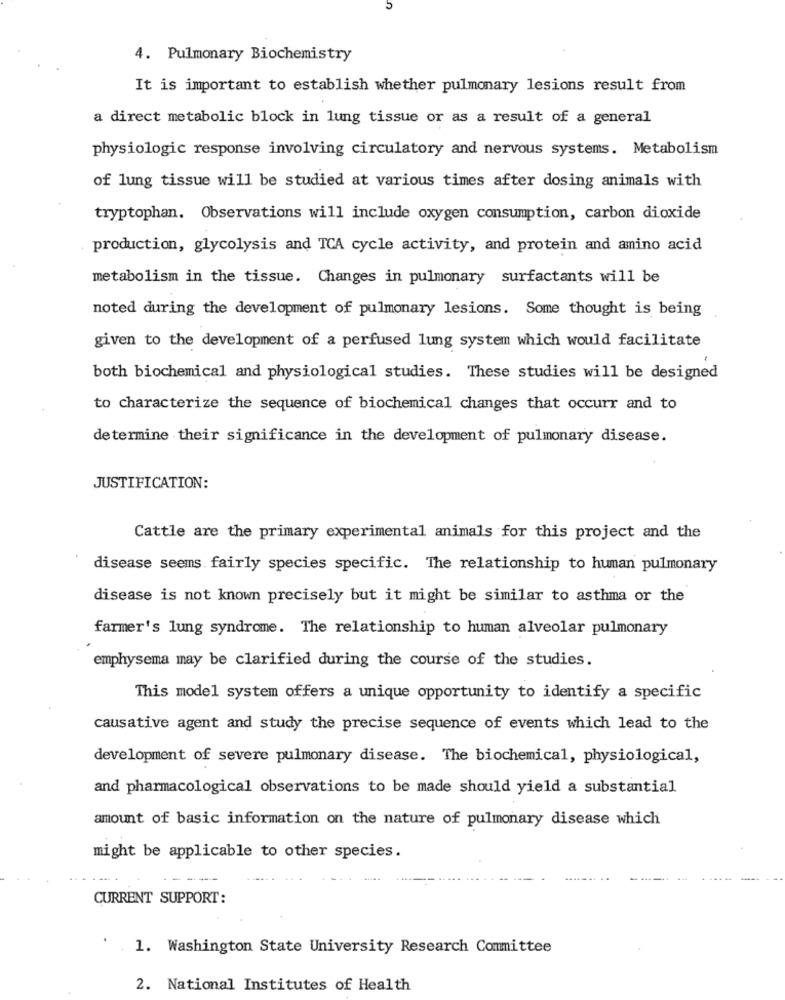
4. Pulmonary Biochemistry
It is important to establish whether pulmonary lesions result from
a direct metabolic block in lung tissue or as a result of a general
physiologic response involving circulatory and nervous systems. Metabolism
of lung tissue will be studied at various times after dosing animals with
tryptophan. Observations will include oxygen consumption, carbon dioxide
production, glycolysis and TCA cycle activity, and protein and amino acid
metabolism in the tissue. Changes in pulmonary surfactants will be
noted during the development of pulmonary lesions. Some thought is being
given to the development of a perfused lung system which would facilitate
both biochemical and physiological studies. These studies will be designed
to characterize the sequence of biochemical changes that occurr and to
determine their significance in the development of pulmonary disease.
JUSTIFICATION:
Cattle are the primary experimental animals for this project and the
disease seems fairly species specific. The relationship to human pulmonary
disease is not known precisely but it might be similar to asthma or the
farmer's lung syndrome. The relationship to human alveolar pulmonary
emphysema may be clarified during the course of the studies.
This model system offers a unique opportunity to identify a specific
causative agent and study the precise sequence of events which lead to the
development of severe pulmonary disease. The biochemical, physiological,
and pharmacological observations to be made should yield a substantial
amount of basic information on the nature of pulmonary disease which
might be applicable to other species.
CURRENT SUPPORT:
' .1. Washington State University Research Committee
2. National Institutes of Health